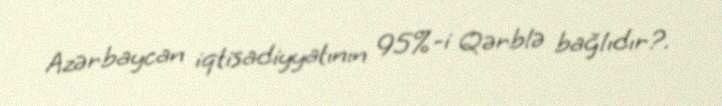
Azərbaycan iqtisadiyyatının 95%-i Qərblə bağlıdır?.